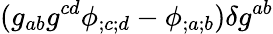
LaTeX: (g_{ab}g^{cd}\phi_{;c;d}-\phi_{;a;b})\delta g^{ab}